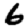
Digit: 6